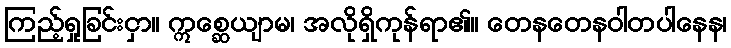
ကြည့်ရှုခြင်းငှာ။ ဣစ္ဆေယျာမ၊ အလိုရှိကုန်ရာ၏။ တေနတေနဝါတပါနေန၊